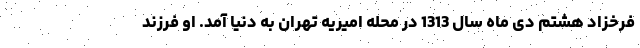
فرخزاد هشتم دی ماه سال 1313 در محله امیریه تهران به دنیا آمد. او فرزند